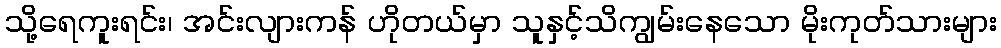
သို့ရေကူးရင်း၊ အင်းလျားကန် ဟိုတယ်မှာ သူနှင့်သိကျွမ်းနေသော မိုးကုတ်သားများ